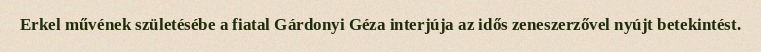
Erkel művének születésébe a fiatal Gárdonyi Géza interjúja az idős zeneszerzővel nyújt betekintést.